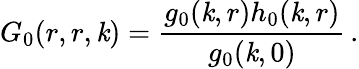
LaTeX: G_{0}(r,r,\mathit{k})=\frac{{g_{0}(\mathit{k},r)h_{0}(\mathit{k},r)}}{{g_{0}(\mathit{k},0)}}\, .